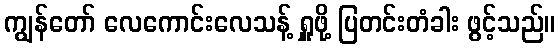
ကျွန်တော် လေကောင်းလေသန့် ရှူဖို့ ပြတင်းတံခါး ဖွင့်သည်။